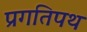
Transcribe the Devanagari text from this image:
प्रगतिपथ